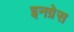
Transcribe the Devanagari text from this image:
इनग्रेस